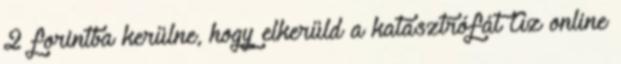
2 forintba kerülne, hogy elkerüld a katasztrófát Az online